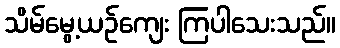
သိမ်မွေ့ယဉ်ကျေး ကြပါသေးသည်။